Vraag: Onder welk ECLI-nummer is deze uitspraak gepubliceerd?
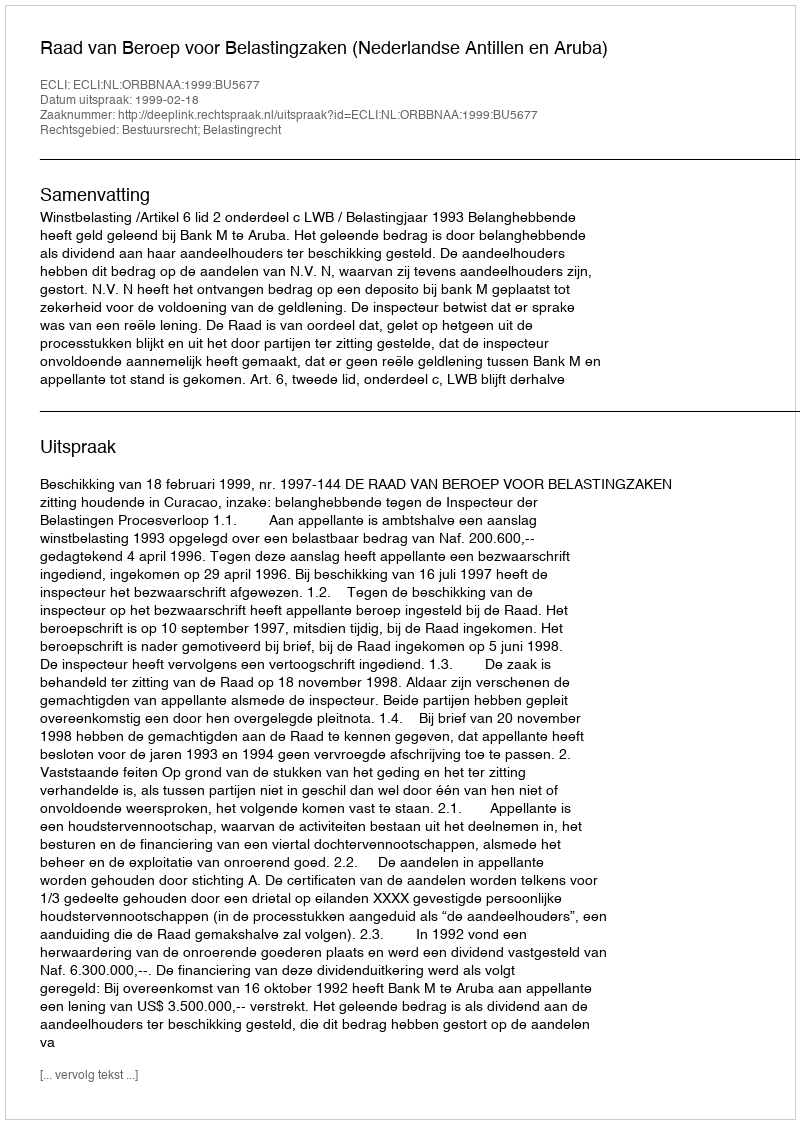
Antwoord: ECLI:NL:ORBBNAA:1999:BU5677